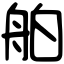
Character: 舶